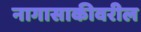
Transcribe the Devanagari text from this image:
नागासाकीवरील